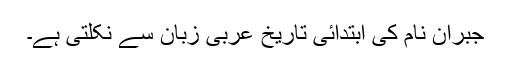
جبران نام کی ابتدائی تاریخ عربی زبان سے نکلتی ہے۔